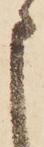
申